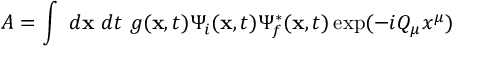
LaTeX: A = \int ~ d { \bf x } ~ d t ~ g ( { \bf x } , t ) \Psi _ { i } ( { \bf x } , t ) \Psi _ { f } ^ { * } ( { \bf x } , t ) \exp ( - i Q _ { \mu } x ^ { \mu } )